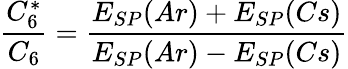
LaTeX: \frac{C_{6}^{*}}{C_{6}}=\frac{E_{SP}(Ar)+E_{SP}(Cs)}{E_{SP}(Ar)-E_{SP}(Cs)}